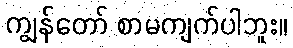
ကျွန်တော် စာမကျက်ပါဘူး။